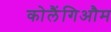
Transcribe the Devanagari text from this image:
कोलैंगिऔम